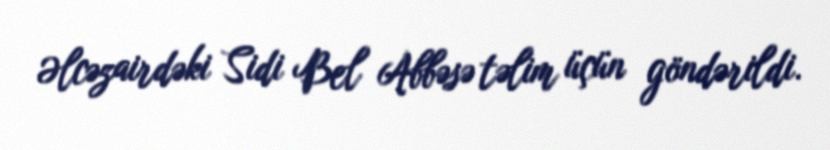
Əlcəzairdəki Sidi Bel Abbəsə təlim üçün göndərildi.